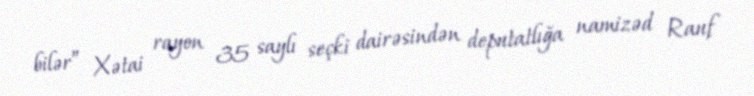
bilər” Xətai rayon 35 saylı seçki dairəsindən deputatlığa namizəd Rauf